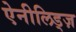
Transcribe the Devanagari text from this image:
ऐनीलिड्ज़